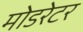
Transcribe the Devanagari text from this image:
मोडरेटर